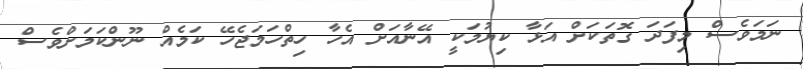
ނަމަވެސް މިފަދަ ގޮތަކަށް އަޅާ ކިޔުމަކީ އޭނާއަށް އެހާ ހިތްހަމަޖެހޭ ކަމެއް ނޫންކަމަށްވެސް